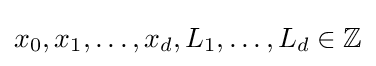
x_{0},x_{1},\dots ,x_{d},L_{1},\dots ,L_{d}\in \mathbb {Z}